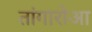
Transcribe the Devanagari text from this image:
तांगारोआ